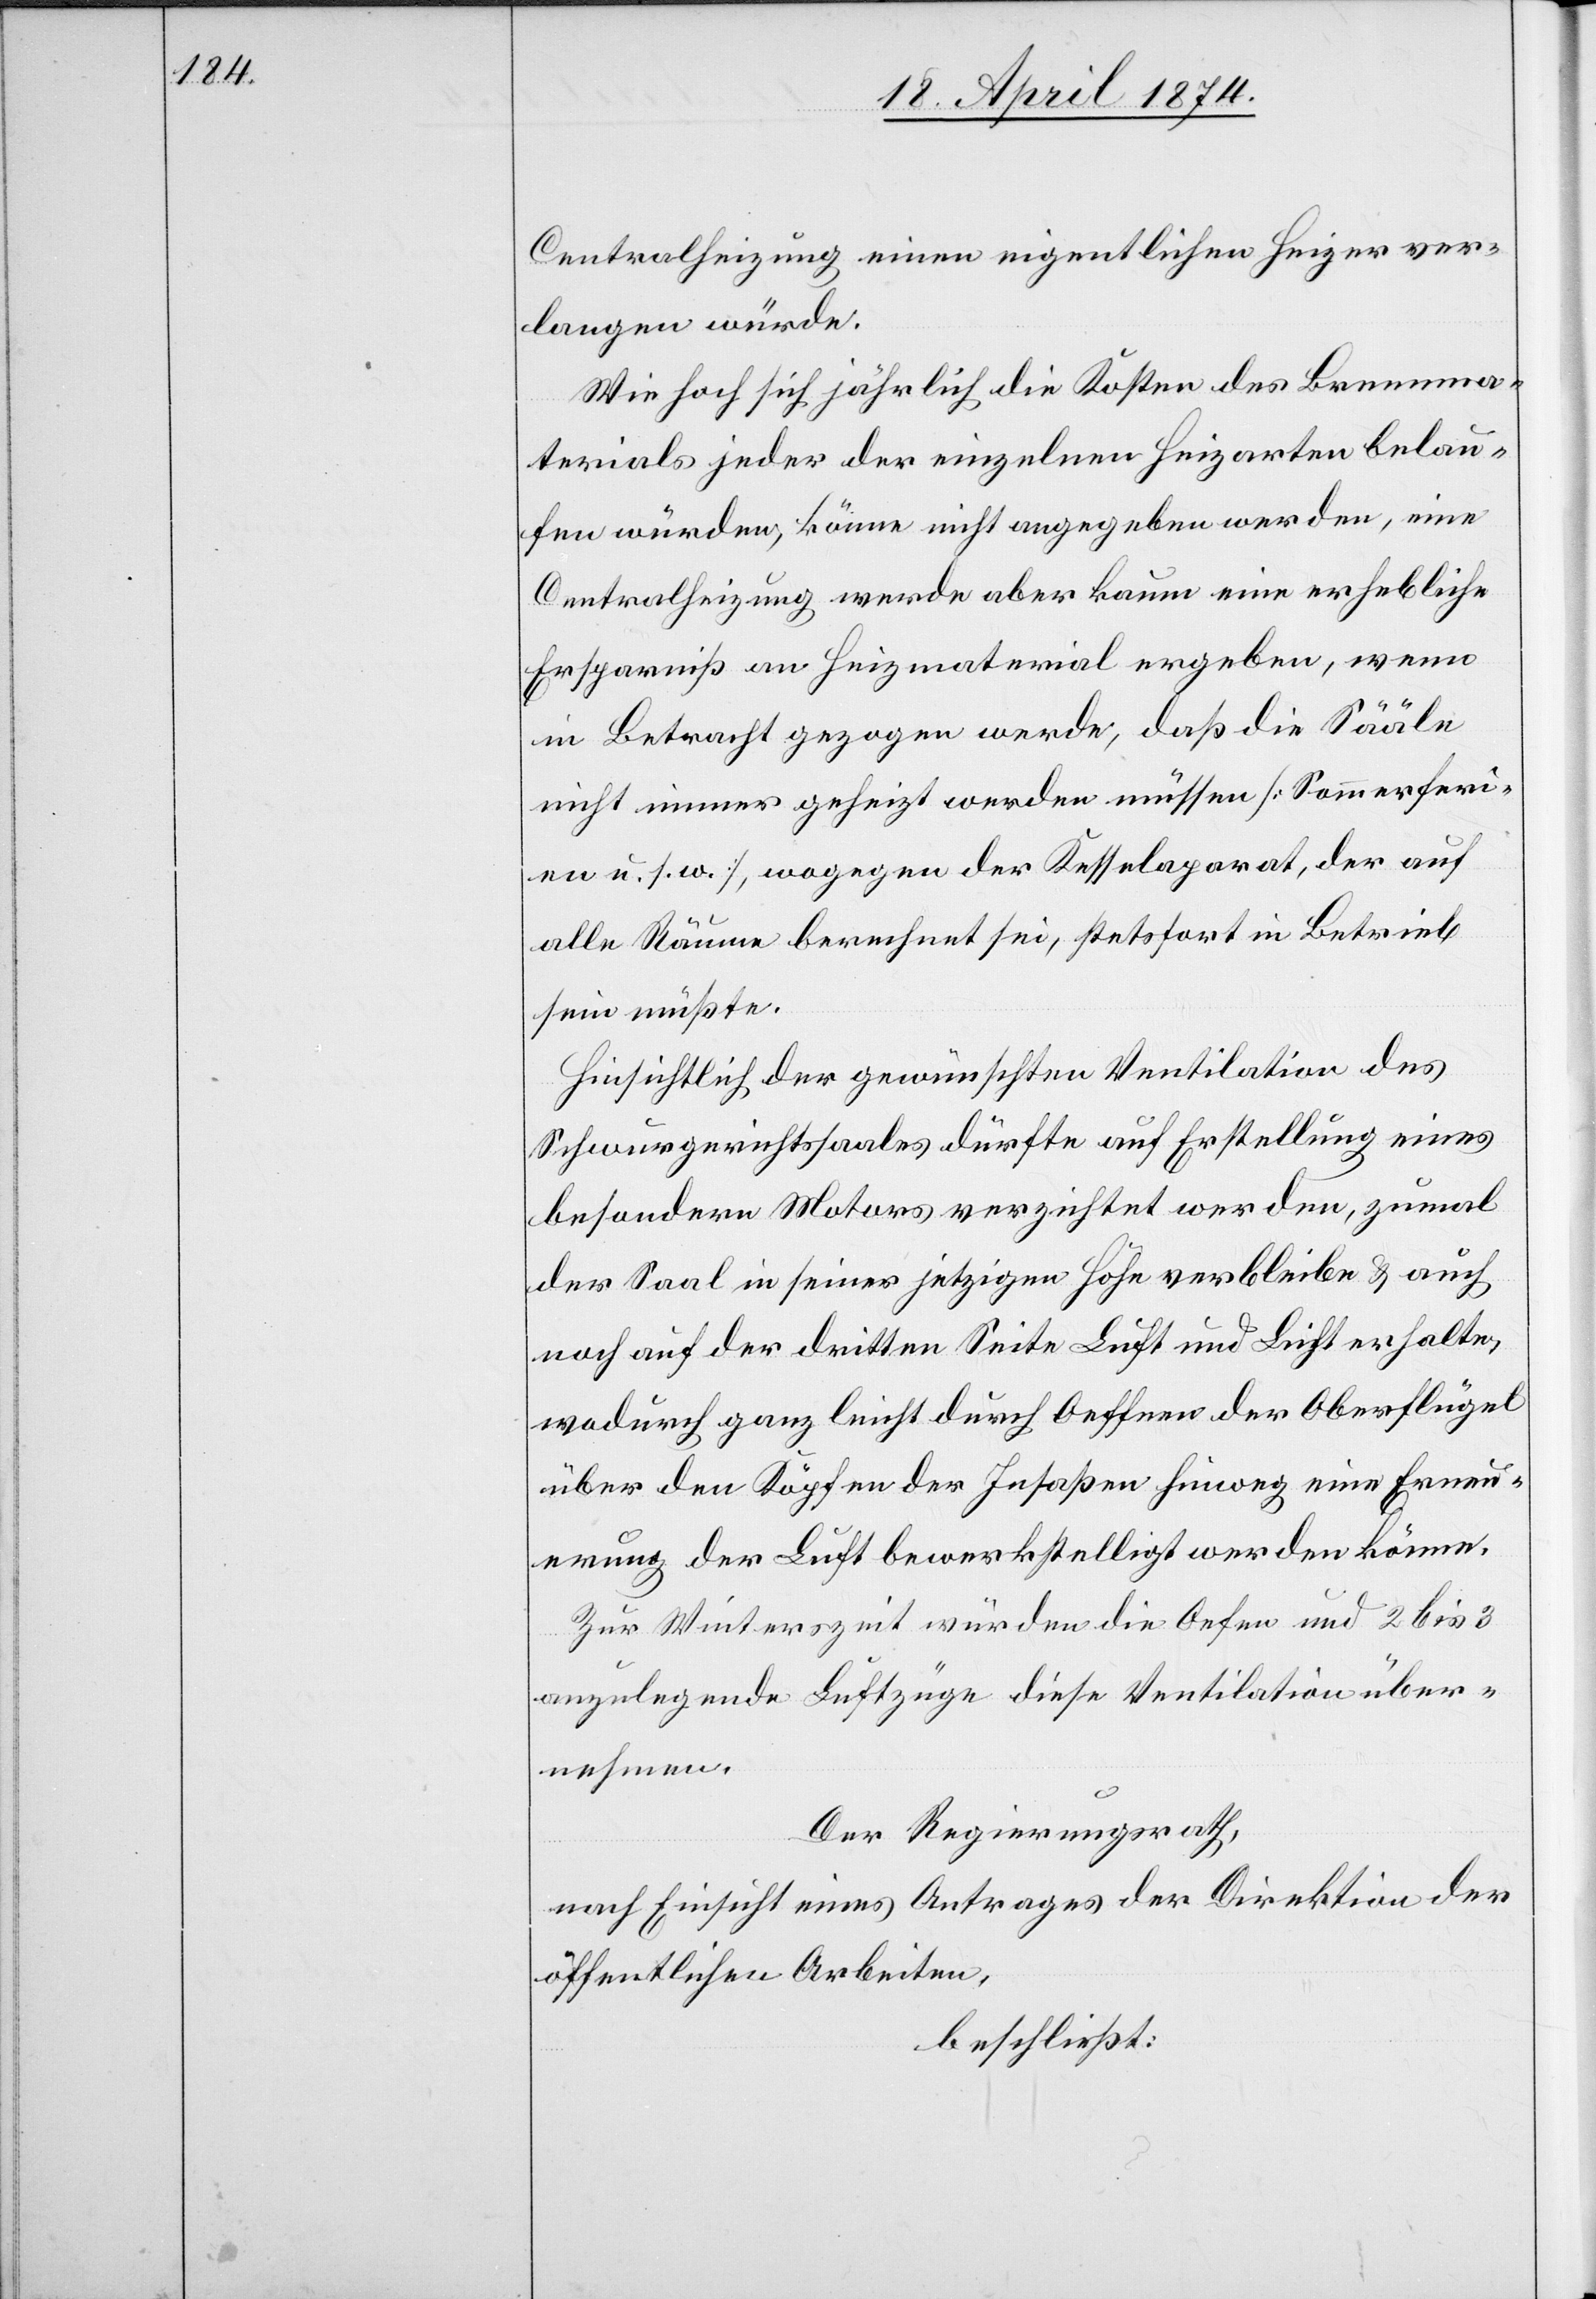
Centralheizung einen eigentlichen Heizer ver¬
langen würde.
Wie hoch sich jährlich die Kosten des Brennma¬
terials jeder der einzelnen Heizarten belau¬
fen würden, könne nicht angegeben werden, eine
Centralheizung werde aber kaum eine erhebliche
Ersparniß am Heizmaterial ergeben, wenn
in Betracht gezogen werde, daß die Sääle
nicht immer geheizt werden müssen [Sommerferi¬
en u. s. w.], wogegen der Kesselaparat, der auf
alle Räume berechnet sei, stetsfort in Betrieb
sein müßte.
Hinsichtlich der gewünschten Ventilation des
Schwurgerichtssaales dürfte auf Erstellung eines
besondern Motors verzichtet werden, zumal
der Saal in seiner jetzigen Höhe verbleibe u. auch
noch auf der dritten Seite Luft und Licht erhalte,
wodurch ganz leicht durch Oeffnen der Oberflügel
über den Köpfen der Insaßen hinweg eine Erneu¬
erung der Luft bewerkstelligt werden könne.
Zur Winterzeit würden die Oefen und 2 bis 3
anzulegende Luftzüge diese Ventilation über¬
nehmen.
Der Regierungsrath,
nach Einsicht eines Antrages der Direktion der
öffentlichen Arbeiten,
beschließt: